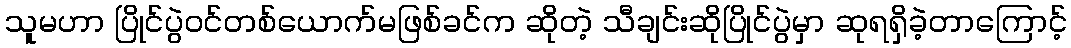
သူမဟာ ပြိုင်ပွဲဝင်တစ်ယောက်မဖြစ်ခင်က ဆိုတဲ့ သီချင်းဆိုပြိုင်ပွဲမှာ ဆုရရှိခဲ့တာကြောင့်